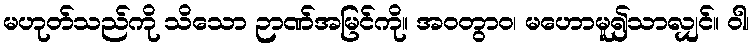
မဟုတ်သည်ကို သိသော ဉာဏ်အမြင်ကို။ အဝတွာဝ၊ မဟောမူ၍သာလျှင်။ ဝါ၊